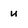
Character: u